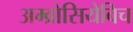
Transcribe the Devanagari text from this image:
अम्व्रोसियेविच